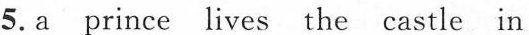
5.a prince lives the castle in